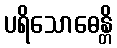
ပရိသောဓေန္တိ